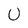
Character: U